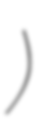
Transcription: Σήφη Βλαστού)